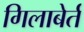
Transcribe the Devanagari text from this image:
गिलाबेर्त